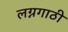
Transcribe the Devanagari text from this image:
लग्नगाठी